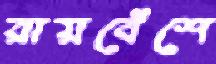
রায়বেঁশে